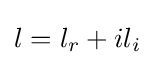
l=l_{r}+il_{i}